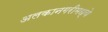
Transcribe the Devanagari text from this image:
अलकानगरीमध्ये